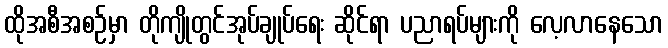
ထိုအစီအစဉ်မှာ တိုကျိုတွင်အုပ်ချုပ်ရေး ဆိုင်ရာ ပညာရပ်များကို လေ့လာနေသော